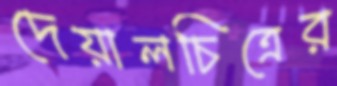
দেয়ালচিত্রের